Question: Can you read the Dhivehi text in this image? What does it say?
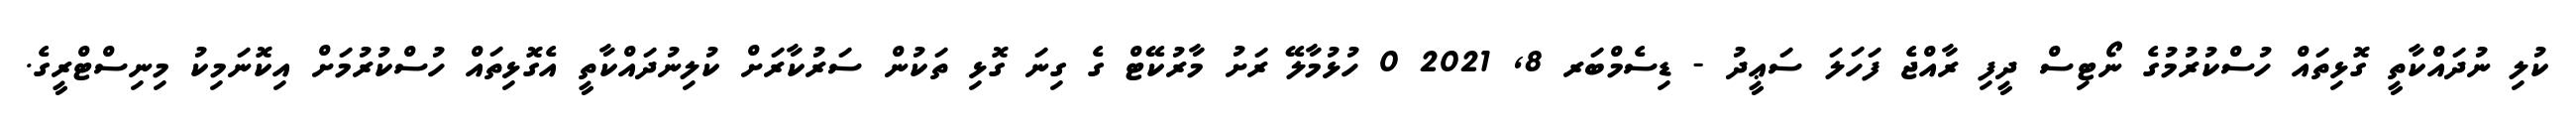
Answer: ކުލި ނުދައްކާތީ ގޮޅިތައް ހުސްކުރުމުގެ ނޯޓިސް ދީފި ރާއްޖެ ފަހަލަ ސަޢީދު - ޑިސެމްބަރ 8, 2021 0 ހުޅުމާލޭ ރަށު މާރުކޭޓް ގެ ގިނަ ގޮޅި ތަކުން ސަރުކާރަށް ކުލިނުދައްކާތީ އެގޮޅިތައް ހުސްކުރުމަށް އިކޮނަމިކު މިނިސްޓްރީގެ.